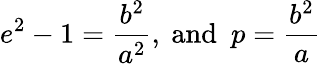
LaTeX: e^{2}-1={\frac{b^{2}}{a^{2}}},{\mathrm{~and~}}\ p={\frac{b^{2}}{a}}